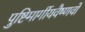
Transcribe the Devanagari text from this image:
पुष्टिमार्गीयवैष्णवों